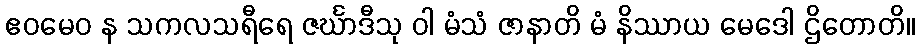
ဧဝမေဝ န သကလသရီရေ ဇင်္ဃာဒီသု ဝါ မံသံ ဇာနာတိ မံ နိဿာယ မေဒေါ ဌိတောတိ။